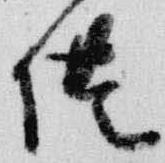
供